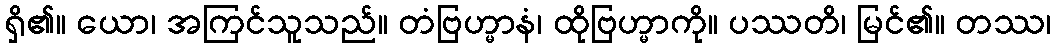
ရှိ၏။ ယော၊ အကြင်သူသည်။ တံဗြဟ္မာနံ၊ ထိုဗြဟ္မာကို။ ပဿတိ၊ မြင်၏။ တဿ၊